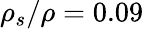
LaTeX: \rho_{s}/\rho=0.09